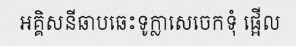
អគ្គិសនីឆាបឆេះទូក្លាសេចេកទុំ ផ្អើល